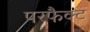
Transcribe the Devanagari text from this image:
परफैक्ट